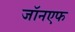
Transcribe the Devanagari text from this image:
जॉनएफ